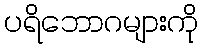
ပရိဘောဂများကို